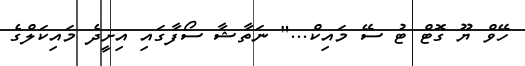
ހޭވް ޔޫ ގޮޓް ޓު ސޭ މައިކް..." ނަތާޝާ ސޯފާގައި އިށީދެ މައިކަލްގެ